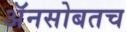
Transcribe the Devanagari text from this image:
अॅनसोबतच